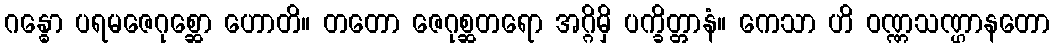
ဂန္ဓော ပရမဇေဂုစ္ဆော ဟောတိ။ တတော ဇေဂုစ္ဆတရော အဂ္ဂိမှိ ပက္ခိတ္တာနံ။ ကေသာ ဟိ ဝဏ္ဏသဏ္ဌာနတော